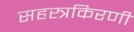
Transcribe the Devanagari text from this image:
सहस्त्रकिरणी